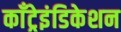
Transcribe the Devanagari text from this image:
काँट्रेइंडिकेशन